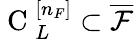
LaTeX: \mathrm{~C~}_{L}^{[n_{F}]}\subset\overline{{\mathcal{F}}}